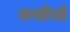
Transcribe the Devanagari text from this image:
लसीची